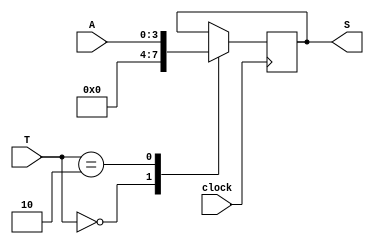
module registrador(
	input clock,
	input [3:0] A,
	input [1:0] T,
	output [3:0] S
);

	always@(posedge clock) begin
		case(T)
		2'b00: //Reset
			S = 0;
		2'b01: //Hold
			S = S;
		2'b10: //Load
			S = A;
		default:
			S = S;
		endcase
	end
endmodule